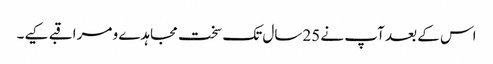
اس کے بعد آپ نے 25سال تک سخت مجاہدے و مراقبے کیے۔